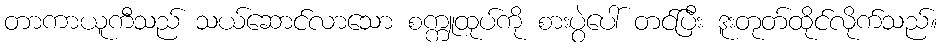
တာကာယူကီသည် သယ်ဆောင်လာသော စက္ကူထုပ်ကို စားပွဲပေါ် တင်ပြီး ဒူးတုတ်ထိုင်လိုက်သည်။